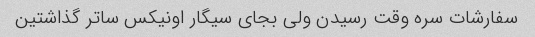
سفارشات سره وقت رسیدن ولی بجای سیگار اونیکس ساتر گذاشتین